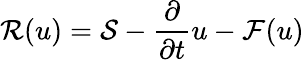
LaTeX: \mathcal{R}(u)=\mathcal{S}-\frac{\partial}{\partial t}u-\mathcal{F}(u)